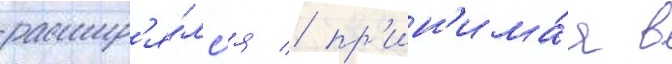
расшир'я́лс'я / пр'ин'има́я в